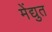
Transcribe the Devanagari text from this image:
मेंद्युत